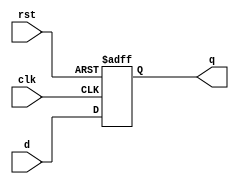
module DflipFlop(output reg q, input rst, input clk, input d);  
    always @ (posedge clk or posedge rst)  
       if (rst)  
          q <= 1;  
       else  
          q <= d;  
endmodule